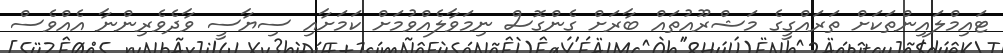
ޓައިމްލައިންތަކަށް ތަރައްގީގެ މަޝްރޫއުތައް ބާރަށް ގެންގޮސް ނިމަވާލެއްވުމަށް ކަމަށާއި ސިޔާސީ ވާދެވެރިންނާ އެއްވެސް